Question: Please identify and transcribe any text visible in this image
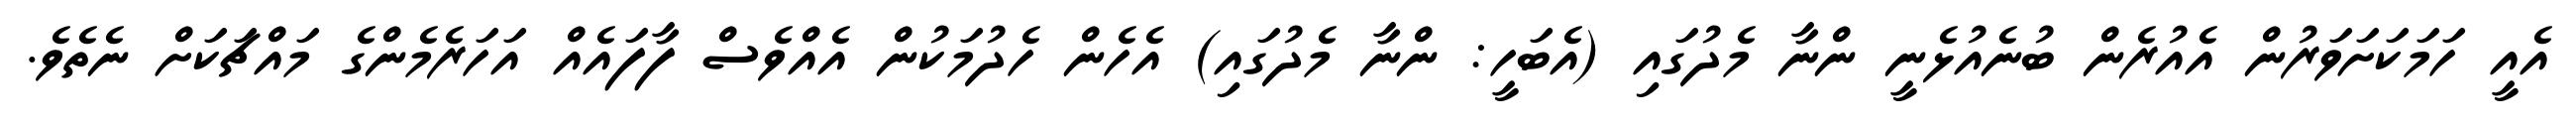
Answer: އެއީ ހަމަކަށަވަރުން އެއުރެން ބުނެއުޅެނީ ންނާ މެދުގައި (އެބަހީ: ންނާ މެދުގައި) އެހެން ހެދުމަކުން އެއްވެސް ފާފައެއް އަހަރެމެންގެ މައްޗަކަށް ނެތެވެ.